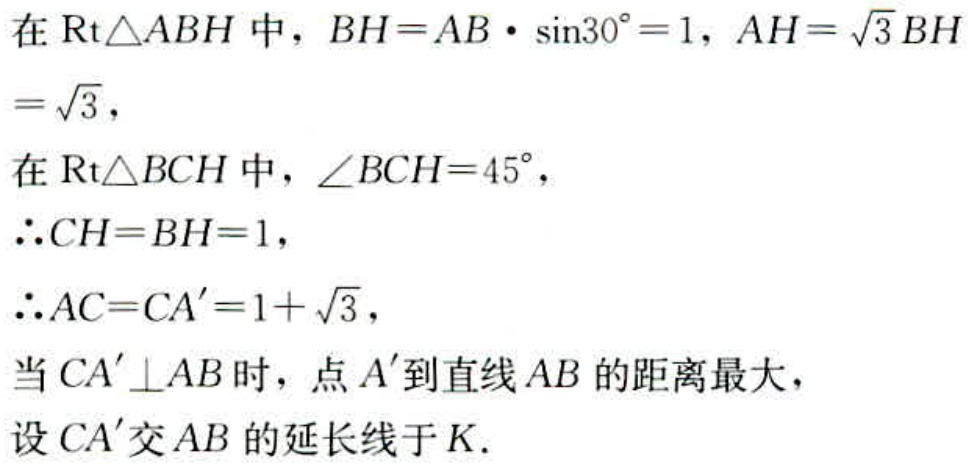
在$\text{Rt}\triangle ABH$中，$BH = AB\cdot\sin30^{\circ}=1$，$AH = \sqrt{3}BH=\sqrt{3}$，
在$\text{Rt}\triangle BCH$中，$\angle BCH = 45^{\circ}$，
$\therefore CH = BH = 1$，
$\therefore AC = CA'=1+\sqrt{3}$，
当$CA'\perp AB$时，点$A'$到直线$AB$的距离最大，
设$CA'$交$AB$的延长线于$K$.